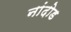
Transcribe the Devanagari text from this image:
नांदोड